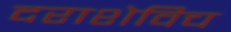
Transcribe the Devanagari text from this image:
दराशेविच